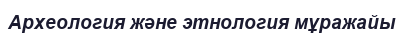
Археология және этнология мұражайы